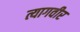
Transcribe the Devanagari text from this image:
त्यागवीर